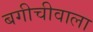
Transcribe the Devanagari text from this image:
बगीचीवाला